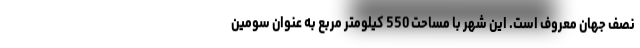
نصف جهان معروف است. این شهر با مساحت 550 کیلومتر مربع به عنوان سومین